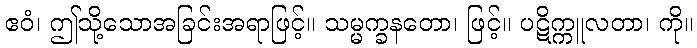
ဧဝံ၊ ဤသို့သောအခြင်းအရာဖြင့်။ သမ္မက္ခနတော၊ ဖြင့်။ ပဋိက္ကူလတာ၊ ကို။